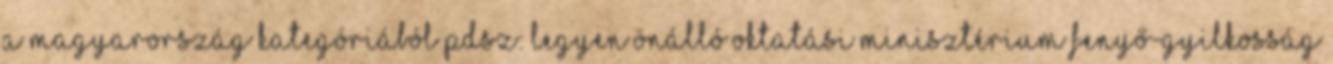
a Magyarország kategóriából PDSZ: legyen önálló oktatási minisztérium Fenyő-gyilkosság